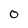
Character: 0